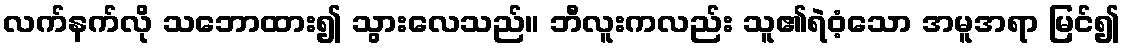
လက်နက်လို သဘောထား၍ သွားလေသည်။ ဘီလူးကလည်း သူ၏ရဲဝံ့သော အမူအရာ မြင်၍